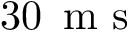
3 0 \, \textrm { m s }